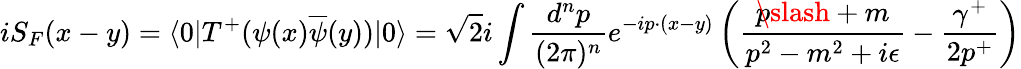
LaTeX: iS_{F}(x-y)=\langle 0|T^{+}(\psi(x)\overline{{{\psi}}}(y))|0\rangle=\sqrt{2}i\int\frac{d^{n}p}{(2\pi)^{n}}e^{-ip\cdot(x-y)}\left(\frac{p\! \! \! \slash+m}{p^{2}-m^{2}+i\epsilon}-\frac{\gamma^{+}}{2p^{+}}\right)